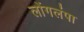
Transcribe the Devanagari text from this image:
लोंगलंपा